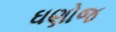
ઘણોજ